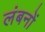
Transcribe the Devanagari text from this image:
लंबनों